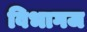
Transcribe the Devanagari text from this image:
विभागज